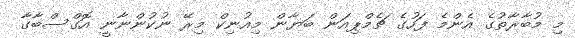
މި މުބާރާތުގެ އެންމެ ފަހުގެ ޗެމްޕިއަން ބަޔާން މިއުނިކް މިރޭ ނުކުންނާނީ އޮގްސްބާގާ